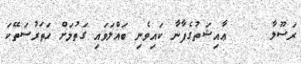
ރަސޫލާ     ޢާއިޝަތުގެފާނާ ކައިވެނި ބައްލަވައި ގަތުމަށް ހަތަރުސަތޭކަ